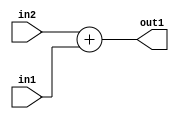
`timescale 1ps / 1ps
/*****************************************************************************
    Verilog RTL Description
    
    
    Created by: Stratus DpOpt 21.05.01 
*******************************************************************************/

module SobelFilter_Add_4Ux2U_5S_4 (
	in2,
	in1,
	out1
	); /* architecture "behavioural" */ 
input [3:0] in2;
input [1:0] in1;
output [4:0] out1;
wire [4:0] asc001;

assign asc001 = 
	+(in2)
	+(in1);

assign out1 = asc001;
endmodule

/* CADENCE  ubD3TAw= : u9/ySxbfrwZIxEzHVQQV8Q== ** DO NOT EDIT THIS LINE ******/